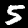
Label: 5